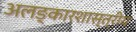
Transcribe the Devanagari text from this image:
अलङ्कारशास्त्रीय